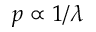
p \propto 1 / \lambda